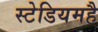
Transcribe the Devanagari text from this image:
स्टेडियमहै